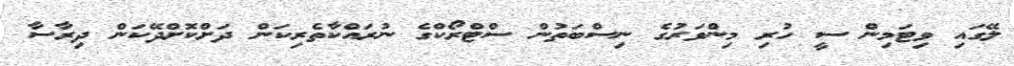
ލޭގައި ވިޓަމިން ސީ ހުރި މިންވަރުގެ ނިސްބަތުން ސްޓްރޯކްގެ ނުރައްކާތެރިކަން ދަށްކޮށްދޭކަން ދިރާސާ